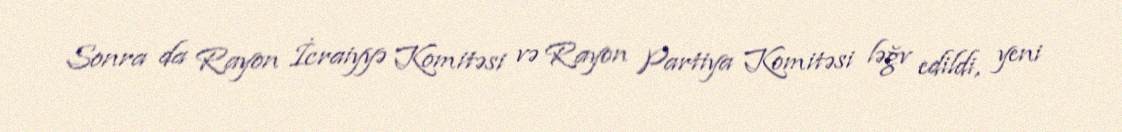
Sonra da Rayon İcraiyyə Komitəsi və Rayon Partiya Komitəsi ləğv edildi, yeni